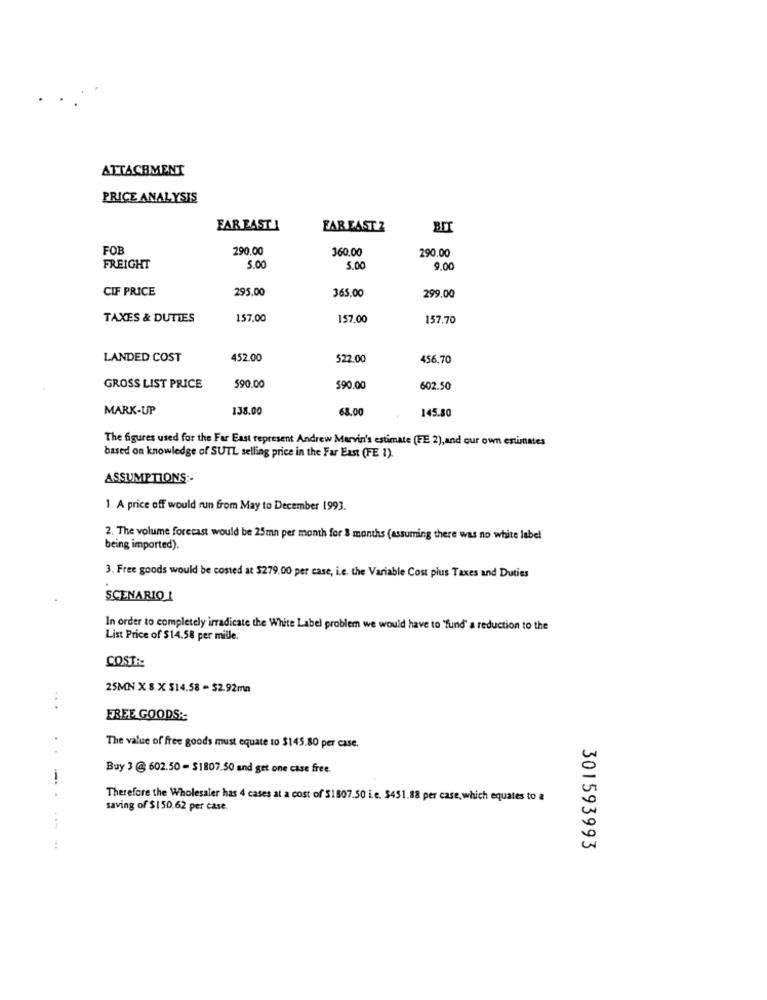
ATTACHMENT
PRICE ANALYSIS
FAR EAST 1
FAR EAST 2
BIT
FOB
290.00
360.00
290.00
FREIGHT
5.00
5.00
9.00
CIF PRICE
295.00
365.00
299.00
TAXES & DUTIES
157.00
157.00
157.70
LANDED COST
452.00
522.00
456.70
GROSS LIST PRICE
$90.00
$90.00
602.50
MARK-UP
138.00
68.00
145.80
The figures used for the Far East represent Andrew Marvin's estimate (FE 2),and our own estimates
based on knowledge of SUTL selling price in the Far East (FE 1).
ASSUMPTIONS :-
1. A price off would run from May to December 1993.
2. The volume forecast would be 25mn per month for 8 months (assuming there was no white label
being imported).
3. Free goods would be costed at $279.00 per case, i.e. the Variable Cost plus Taxes and Duties
SCENARIO 1
In order to completely irradicate the White Label problem we would have to "fund" a reduction to the
List Price of $14.58 per mille
COSTA
25MN X 8 X $14.58 = $2.92mn
...
FREE GOODS ::
The value of free goods must equate to $145.80 per case.
Buy 3 @ 602.50- $1807.50 and get one case free.
--.
Therefore the Wholesaler has 4 cases at a cost of $1807.50 i.e. $451.88 per case, which equates to a
saving of $150.62 per case.
301593993